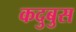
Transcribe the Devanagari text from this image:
कदुबुस